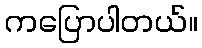
ကပြောပါတယ်။